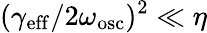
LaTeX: (\gamma_{\mathrm{eff}}/2\omega_{\mathrm{osc}})^{2}\ll\eta